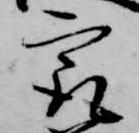
最